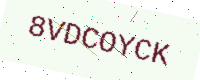
Text: 8VDCOYCK